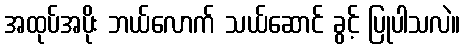
အထုပ်အပိုး ဘယ်လောက် သယ်ဆောင် ခွင့် ပြုပါသလဲ။